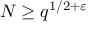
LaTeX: N \geq q ^ { 1 / 2 + \varepsilon }